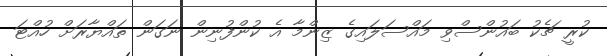
ކުރީ ޗެކު ބައުންސްވި މައްސަލައިގެ ޒިންމާ އެ ކުންފުނިން ނަގަން ތައްޔާރަށް ހުއްޓަ